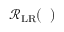
\mathcal { R } _ { \mathrm { L R } } ( { \it \Delta \phi } )